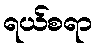
ရယ်စရာ